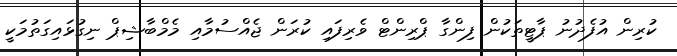
ކުރިން އުފެދުނު ޕާޓީތަކުން ފިންގާ ޕްރިންޓް ވެރިފައި ކުރަން ޖެއްސުމާއި މެމްބާޝިޕް ނިގުޅައިގަތުމަކީ